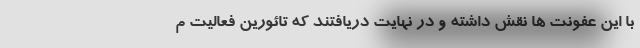
با این عفونت ها نقش داشته و در نهایت دریافتند که تائورین فعالیت م